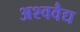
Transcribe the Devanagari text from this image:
अश्ववैद्य